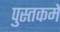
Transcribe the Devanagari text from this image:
पुस्‍तकमें